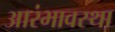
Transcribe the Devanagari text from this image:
आरंभावस्था